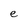
Character: e